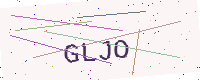
Text: GLJO